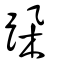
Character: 跥